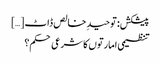
پیشکش: توحیدِ خالص ڈاٹ […]
تنظیمی امارتوں کا شرعی حکم؟